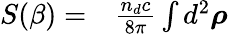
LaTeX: \begin{array}{rl}{S(\beta)=}&{{}\frac{n_{d}c}{8\pi}\int d^{2}\boldsymbol{\rho}}\end{array}